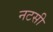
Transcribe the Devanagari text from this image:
नटसी